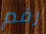
رقم